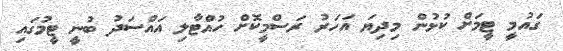
ގައުމީ ޓީމަށް ކުޅުން މިދިޔަ އަހަރު ރަސްމީކޮށް ހުއްޓާލި އައްސަދު ބުނީ ޓީމުގައި